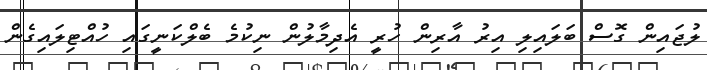
ލުޖައިން ގޮސް ބަލައިލި އިރު އާރިން ހުރީ އެދިމާލުން ނިކުމެ ބެލްކަނީގައި ހުއްޓިލައިގެން